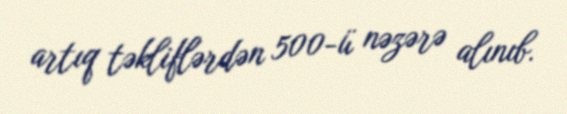
artıq təkliflərdən 500-ü nəzərə alınıb.